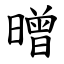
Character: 㬝